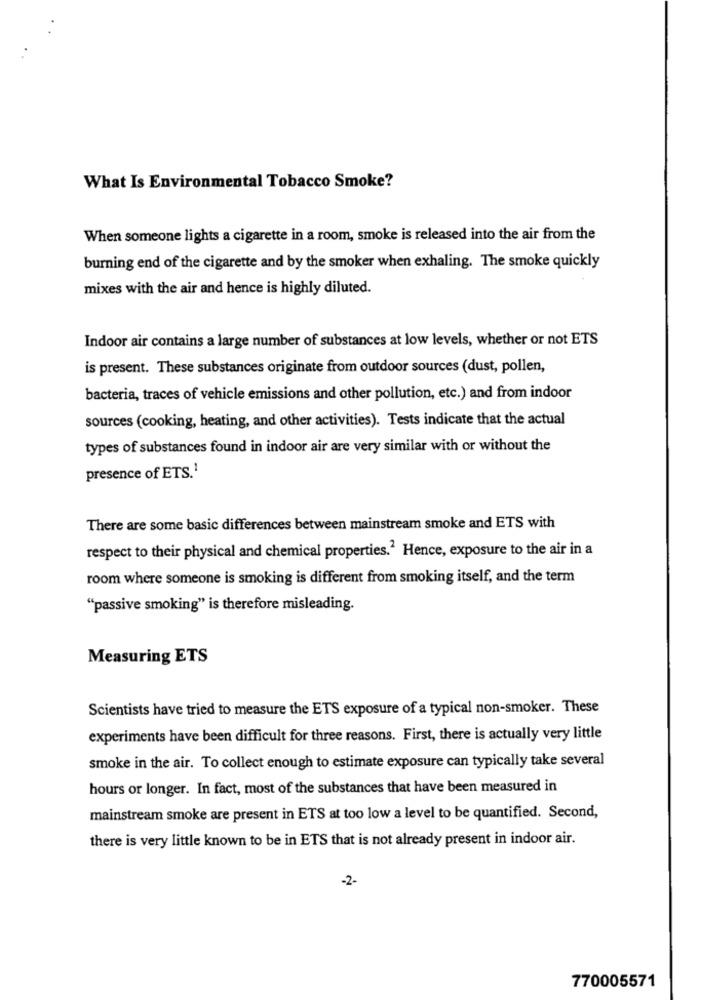
What Is Environmental Tobacco Smoke?
When someone lights a cigarette in a room, smoke is released into the air from the
burning end of the cigarette and by the smoker when exhaling. The smoke quickly
mixes with the air and hence is highly diluted.
Indoor air contains a large number of substances at low levels, whether or not ETS
is present. These substances originate from outdoor sources (dust, pollen,
bacteria, traces of vehicle emissions and other pollution, etc.) and from indoor
sources (cooking, heating, and other activities). Tests indicate that the actual
types of substances found in indoor air are very similar with or without the
presence of ETS.1
There are some basic differences between mainstream smoke and ETS with
respect to their physical and chemical properties.2 Hence, exposure to the air in a
room where someone is smoking is different from smoking itself, and the term
"passive smoking" is therefore misleading.
Measuring ETS
Scientists have tried to measure the ETS exposure of a typical non-smoker. These
experiments have been difficult for three reasons. First, there is actually very little
smoke in the air. To collect enough to estimate exposure can typically take several
hours or longer. In fact, most of the substances that have been measured in
mainstream smoke are present in ETS at too low a level to be quantified. Second,
there is very little known to be in ETS that is not already present in indoor air.
-2-
770005571